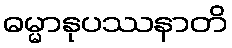
ဓမ္မာနုပဿနာတိ